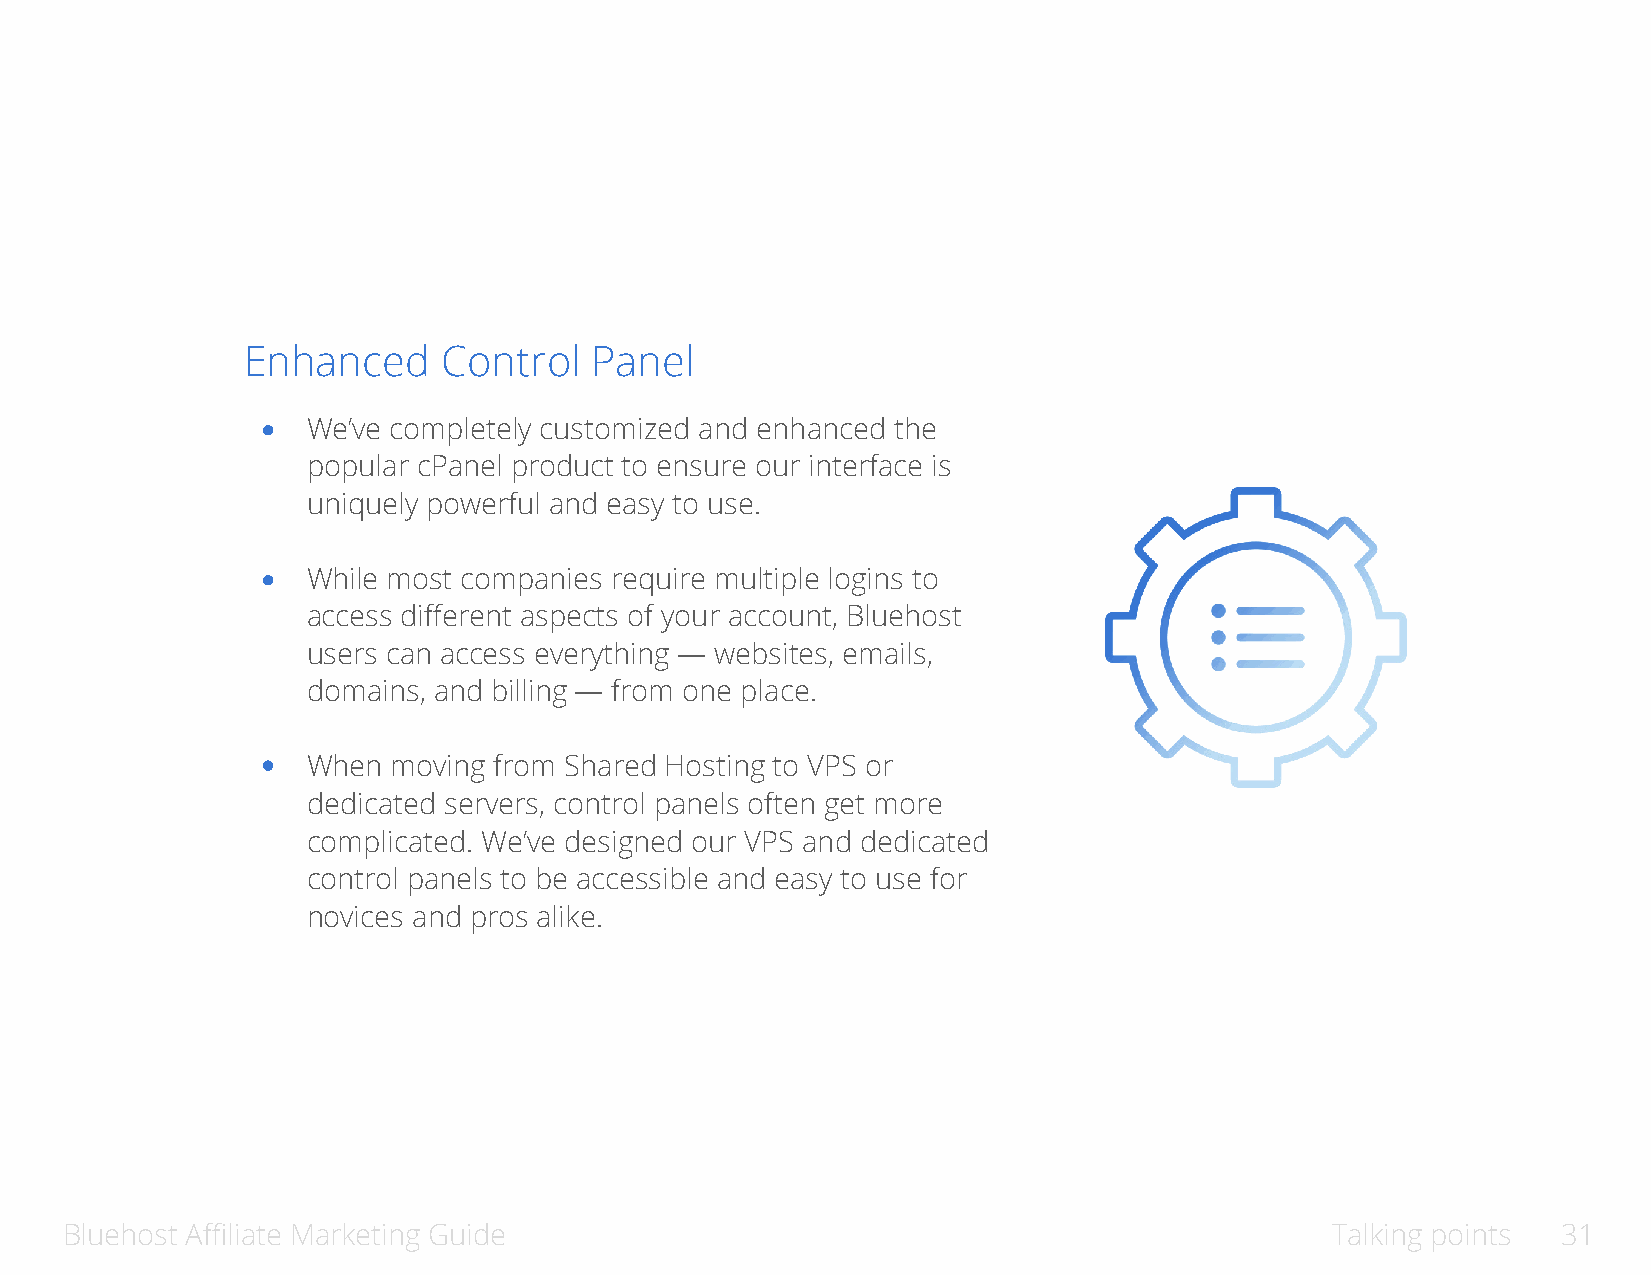
Enhanced     Control   Panel
 We’ve completely customized and enhanced the
 popular cPanel product to ensure our interface is
 uniquely powerful and easy to use.
 While most companies require multiple logins to
 access different aspects of your account, Bluehost
 users can access everything — websites, emails,
 domains, and billing — from one place.
 When  moving from Shared Hosting to VPS or
 dedicated servers, control panels often get more
 complicated. We’ve designed our VPS and dedicated
 control panels to be accessible and easy to use for
 novices and pros alike.
 Bluehost Affiliate Marketing Guide                                                  Talking points 31